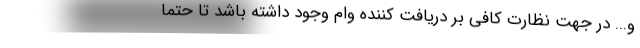
و... در جهت نظارت کافی بر دریافت کننده وام وجود داشته باشد تا حتما